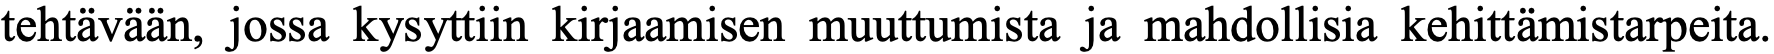
tehtävään, jossa kysyttiin kirjaamisen muuttumista ja mahdollisia kehittämistarpeita.